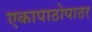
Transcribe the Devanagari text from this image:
एकापाठोपाठर